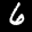
Label: 6